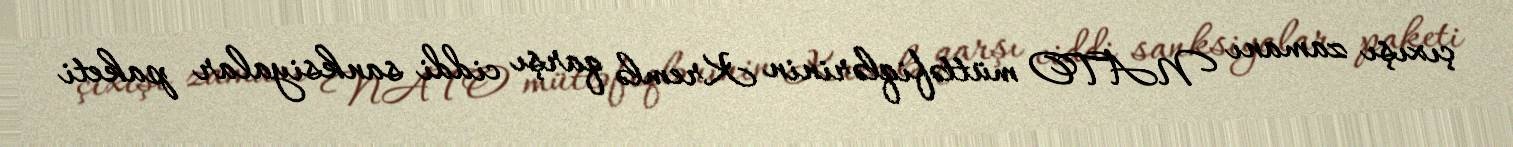
çıxışı zamanı NATO müttəfiqlərinin Kremlə qarşı ciddi sanksiyalar paketi